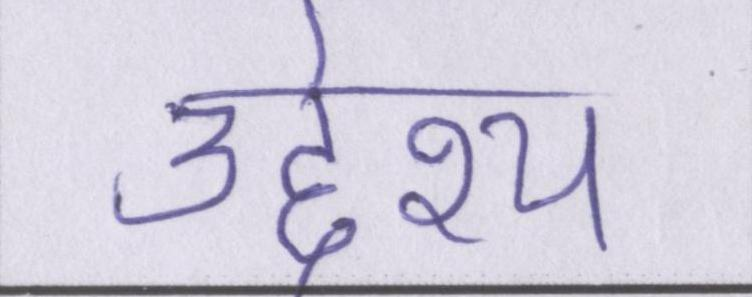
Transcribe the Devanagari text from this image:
उद्देश्य